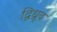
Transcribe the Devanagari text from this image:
द्विध्रूव